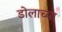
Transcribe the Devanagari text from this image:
डोलाच्या